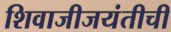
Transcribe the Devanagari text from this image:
शिवाजीजयंतीची